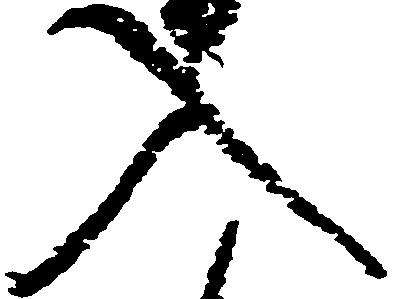
入